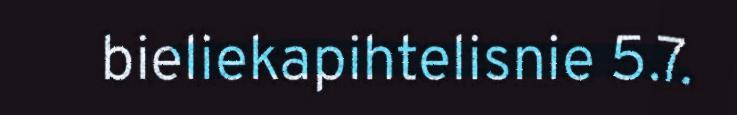
bieliekapihtelisnie 5.7.